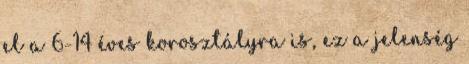
el a 6-14 éves korosztályra is, ez a jelenség